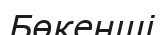
Бөкенші